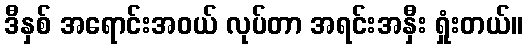
ဒီနှစ် အရောင်းအဝယ် လုပ်တာ အရင်းအနှီး ရှုံးတယ်။